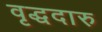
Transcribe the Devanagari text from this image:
वृद्धदारु